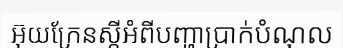
អ៊ុយក្រែនស្តីអំពីបញ្ហាប្រាក់បំណុល